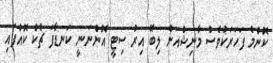
ކޮންމެ ފަހަރަކުވެސް މާނިޝްއަށް ލިބޭ އިރު ސިޓީ އޮންނަނީ ކަނޑާފަ ޗެކް ކޮއްފައި